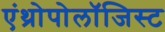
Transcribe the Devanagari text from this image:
एंथ्रोपोलॉजिस्ट